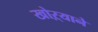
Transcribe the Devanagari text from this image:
खोऱ्याने